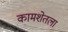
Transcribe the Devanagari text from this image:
कामशेतला